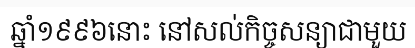
ឆ្នាំ១៩៩៦នោះ នៅសល់កិច្ចសន្យាជាមួយ